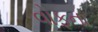
વોફના